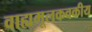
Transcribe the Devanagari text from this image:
वाह्यमूलकवकीय